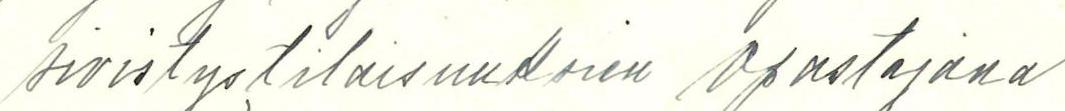
sivistystilaisuuksien opastajana